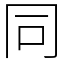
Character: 同